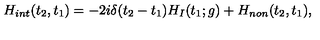
H _ { i n t } ( t _ { 2 } , t _ { 1 } ) = - 2 i \delta ( t _ { 2 } - t _ { 1 } ) H _ { I } ( t _ { 1 } ; g ) + H _ { n o n } ( t _ { 2 } , t _ { 1 } ) ,